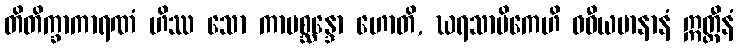
တိတိက္ခာကာရဏံ ဟိဿ သော ကာမစ္ဆန္ဒော ဟောတိ, ဃရသာမိကေဟိ ဝဓီယမာနာနံ ဣတ္ထီနံ